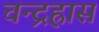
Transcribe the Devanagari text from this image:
चन्द्रह्रास